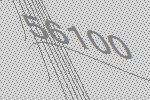
56100